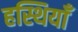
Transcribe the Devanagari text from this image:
हस्थियाँ